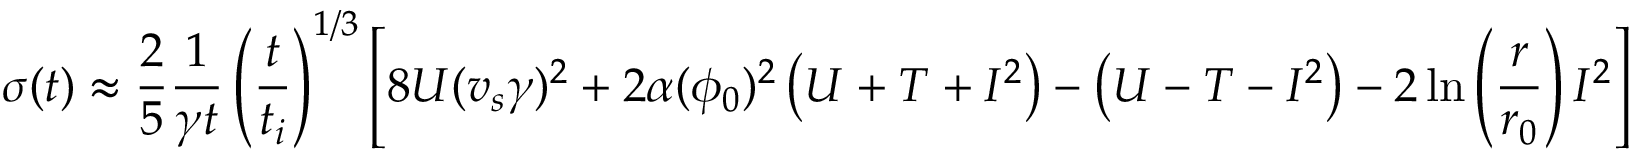
\sigma ( t ) \approx \frac { 2 } { 5 } \frac { 1 } { \gamma t } \left( \frac { t } { t _ { i } } \right) ^ { 1 / 3 } \left[ 8 U ( v _ { s } \gamma ) ^ { 2 } + 2 \alpha ( \phi _ { 0 } ) ^ { 2 } \left( U + T + I ^ { 2 } \right) - \left( U - T - I ^ { 2 } \right) - 2 \ln \left( \frac { r } { r _ { 0 } } \right) I ^ { 2 } \right]